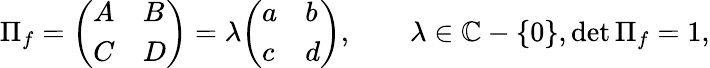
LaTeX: \Pi_{f}={\left(\begin{array}{ll}{A}&{B}\\ {C}&{D}\end{array}\right)}=\lambda{\left(\begin{array}{ll}{a}&{b}\\ {c}&{d}\end{array}\right)},\qquad\lambda\in\mathbb{C}-\{ 0\} ,\det\Pi_{f}=1,